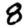
Digit: 8